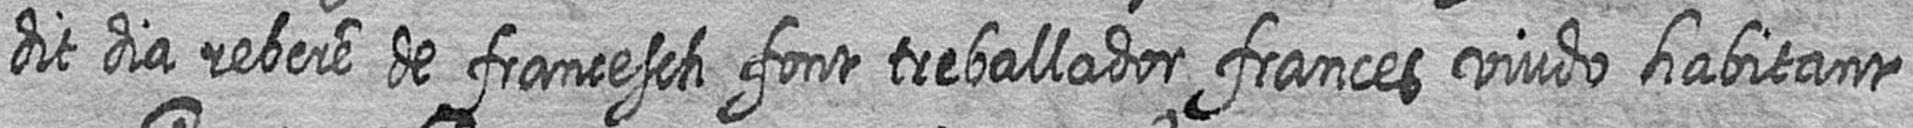
dit dia rebere de francesch font treballador frances viudo habitant